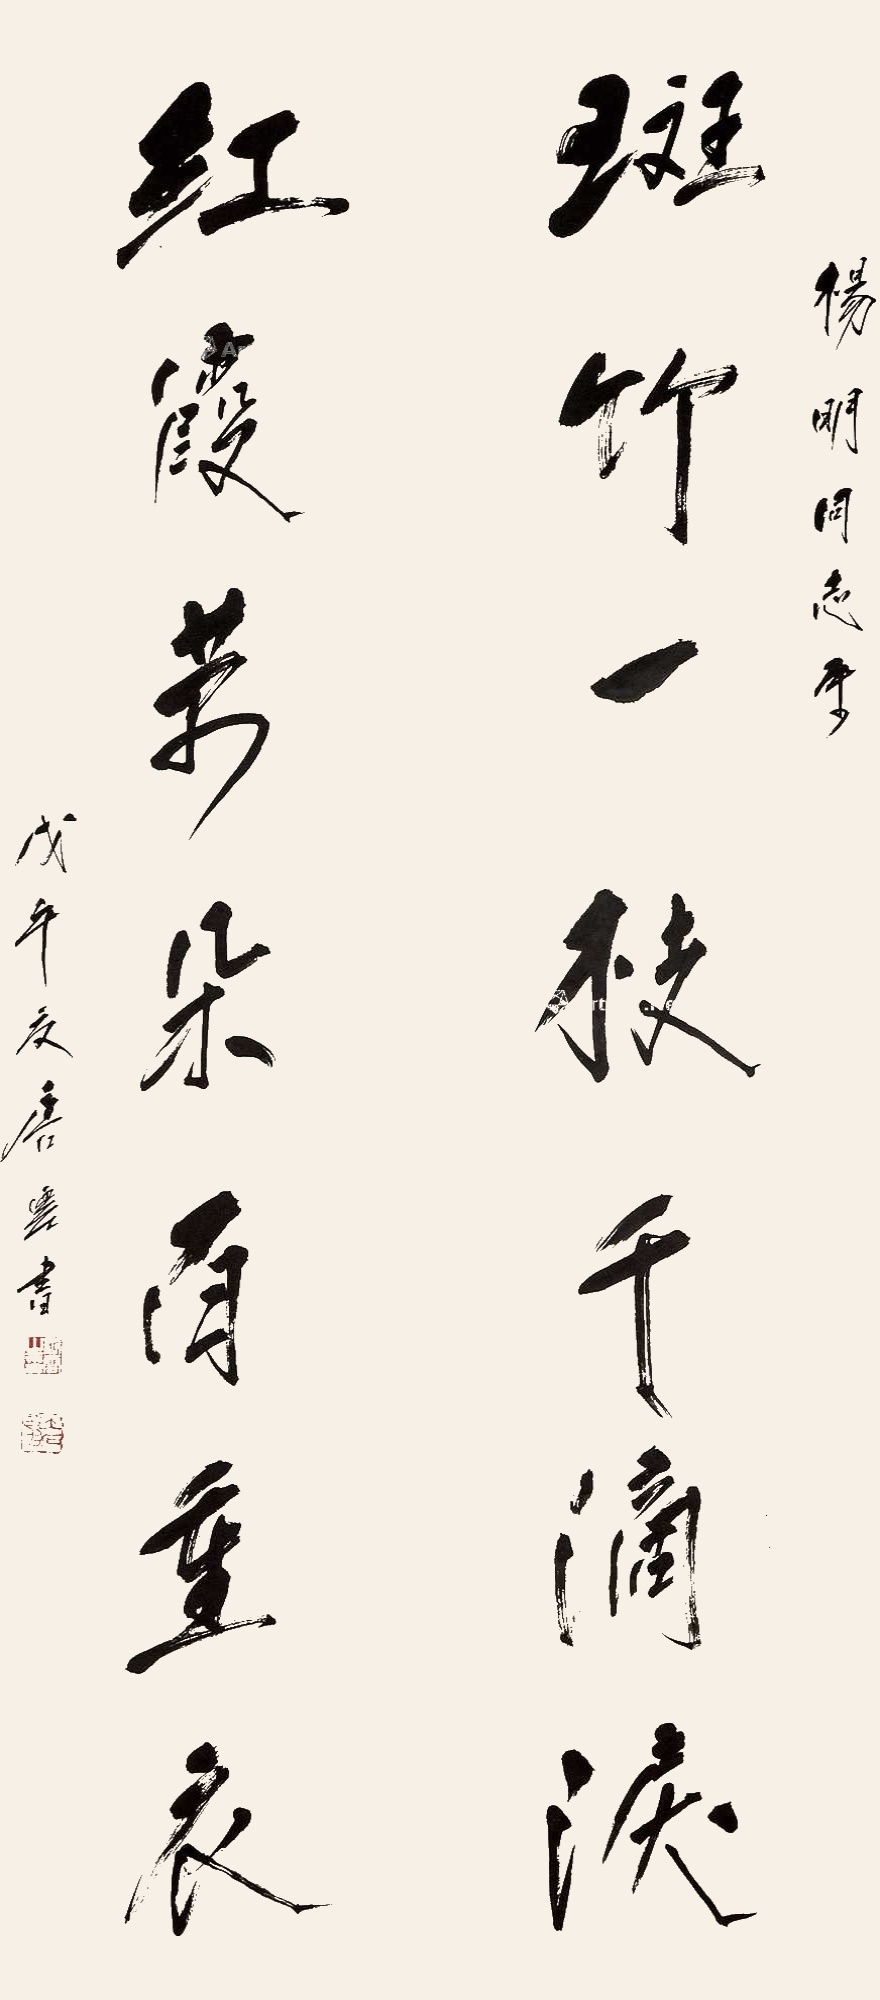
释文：斑竹一枝千滴泪，红霞万朵百重衣。杨明同志属，戊午夏唐云书。